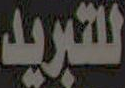
للتبريد